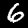
Digit: 6